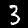
Digit: 3